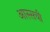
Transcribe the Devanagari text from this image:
आस्सची